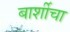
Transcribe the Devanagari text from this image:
बार्शीचा